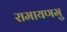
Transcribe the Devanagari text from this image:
रामायणमु